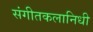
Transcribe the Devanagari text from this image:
संगीतकलानिधी